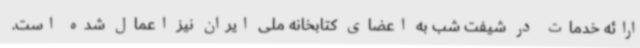
ارائه خدمات در شیفت شب به اعضای کتابخانه ملی ایران نیز اعمال شده است.